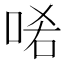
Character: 𠳈